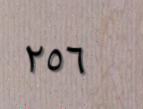
٢٥٦